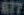
677